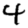
Digit: 4